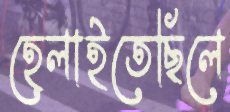
হেলাইতেছিলে